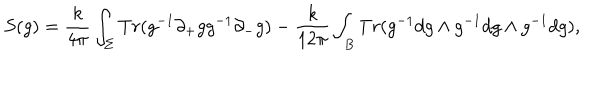
S ( g ) = \frac { k } { 4 \pi } \int _ { \Sigma } T r ( g ^ { - 1 } \partial _ { + } g g ^ { - 1 } \partial _ { - } g ) - \frac { k } { 1 2 \pi } \int _ { B } T r ( g ^ { - 1 } d g \wedge g ^ { - 1 } d g \wedge g ^ { - 1 } d g ) ,